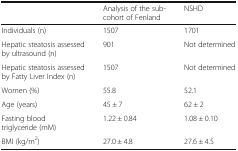
|  | Analysis of the sub-cohort of Fenland | NSHD |
 | --- | --- | --- |
 | Individuals (n) | 1507 | 1701 |
 | Hepatic steatosis assessed by ultrasound (n) | 901 | Not determined |
 | Hepatic steatosis assessed by Fatty Liver Index (n) | 1507 | Not determined |
 | Women (%) | 55.8 | 52.1 |
 | Age (years) | 45 ± 7 | 62 ± 2 |
 | Fasting blood triglyceride (mM) | 1.22 ± 0.84 | 1.08 ± 0.10 |
 | BMI (kg/m2) | 27.0 ± 4.8 | 27.6 ± 4.5 |